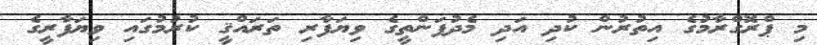
މި ޕްރޮގްރާމުގެ އިތުރުން ކުދި އަދި މެދުފަންތީގެ ވިޔަފާރި ތަރައްޤީ ކުރުމުގައި ވިޔަފާރީގެ